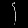
Digit: ၄